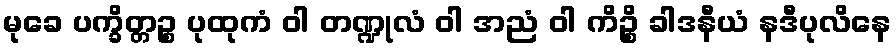
မုခေ ပက္ခိတ္တဉ္စ ပုထုကံ ဝါ တဏ္ဍုလံ ဝါ အညံ ဝါ ကိဉ္စိ ခါဒနီယံ နဒီပုလိနေ